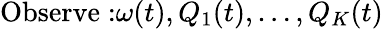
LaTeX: {\mathrm{Observe:}}\omega(t),Q_{1}(t),\ldots,Q_{K}(t)